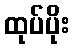
ထုပ်ပိုး